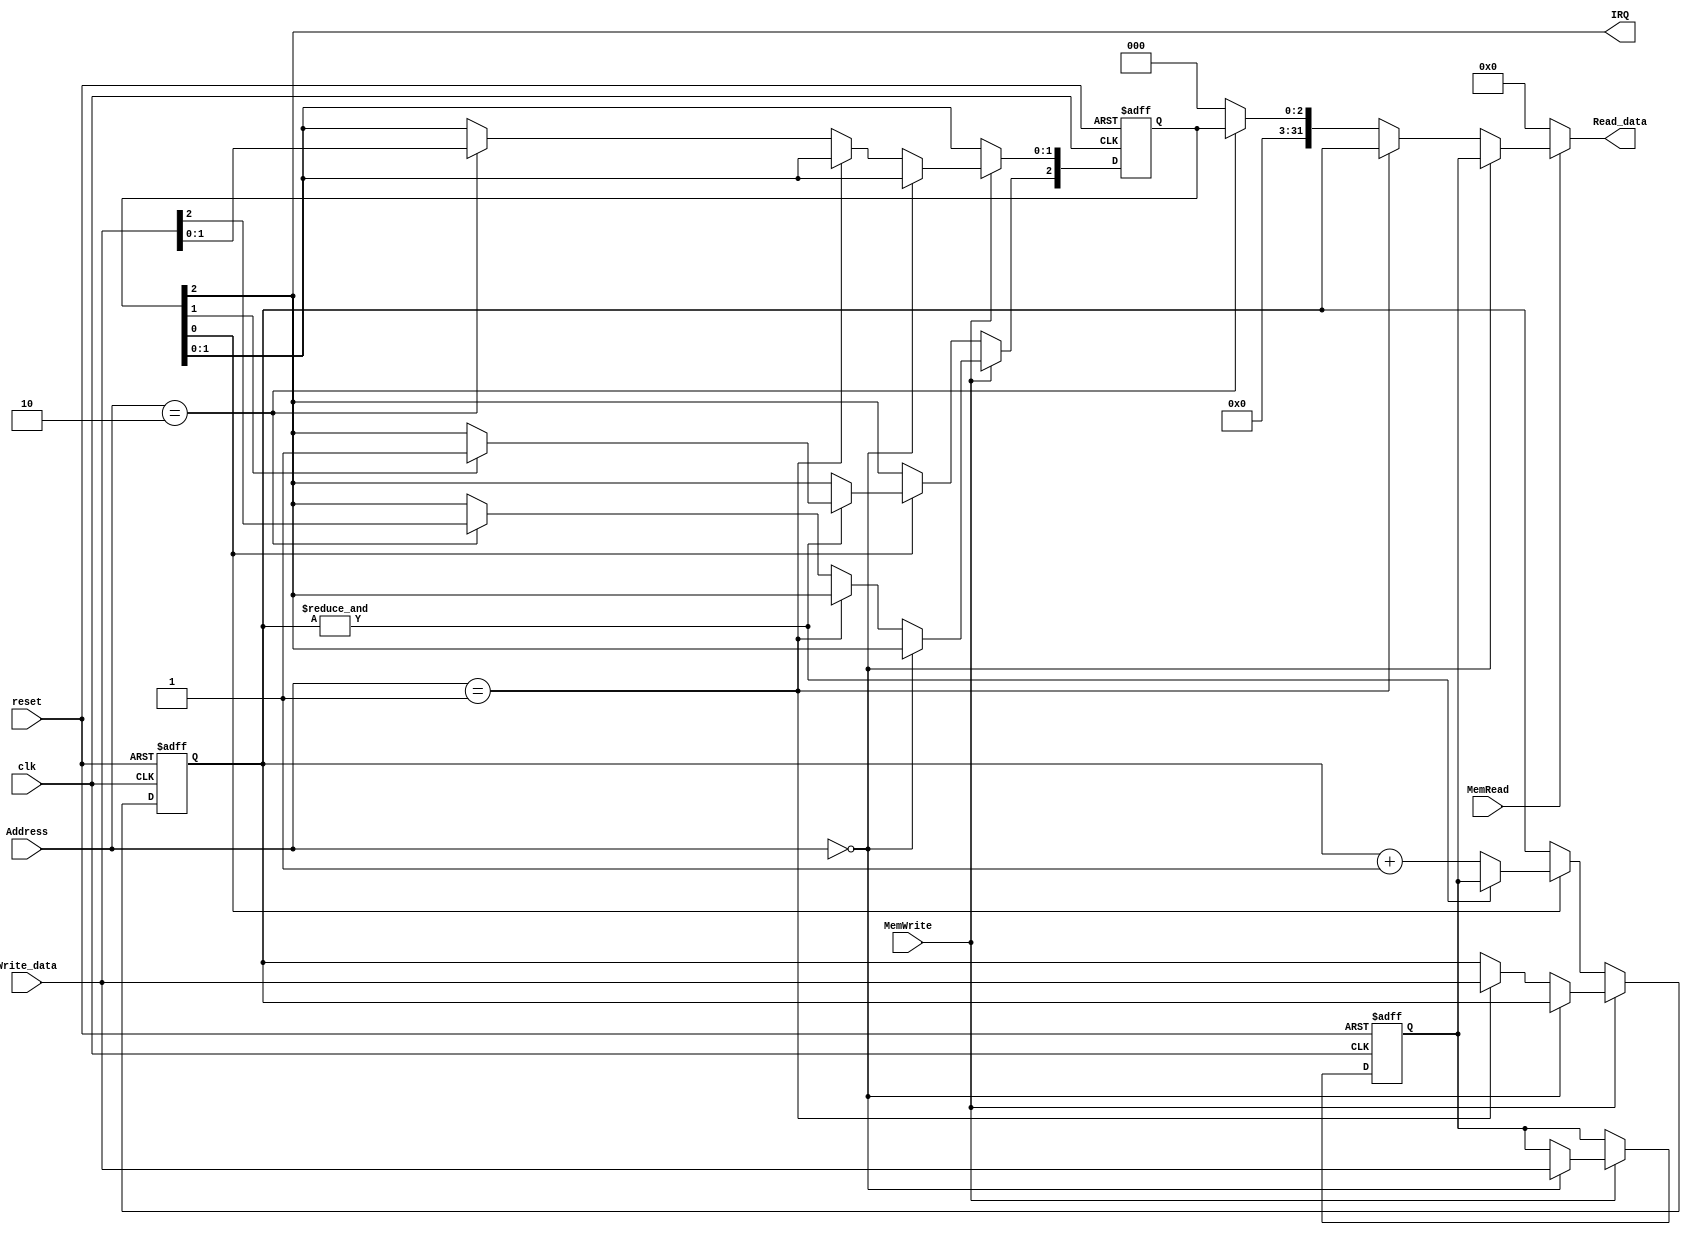
module Timer(reset, clk, Address, Write_data, MemWrite, Read_data, MemRead, IRQ);
	input reset, clk;
	input [1:0] Address;
	input [31:0] Write_data;
	input MemRead, MemWrite;
	output [31:0] Read_data;
	output IRQ;

	reg [31:0] TH, TL;
	reg [2:0] TCon;

	assign Read_data = MemRead?
						((Address == 2'b00)? TH:
						 (Address == 2'b01)? TL:
						 (Address == 2'b10)? {29'h00000000, TCon}:
						 32'h00000000):
						32'h00000000;
	
	assign IRQ = TCon[2];

	always @(posedge reset or posedge clk)
		if (reset) begin
			TH <= 32'h00000000;
			TL <= 32'h00000000;
			TCon <= 3'b000;
		end else if (MemWrite) begin
			if (Address == 2'b00) begin
				TH <= Write_data;
			end else if (Address == 2'b01) begin
				TL <= Write_data;
			end else if (Address == 2'b10) begin
				TCon <= Write_data[2:0];
			end
		end	else if (TCon[0]) begin
			if (&TL) begin
				TL <= TH;
				if (TCon[1])
					TCon[2] <= 1'b1;
			end else begin
				TL <= TL + 1;
			end
		end

endmodule